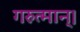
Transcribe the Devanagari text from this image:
गरुत्मान्।